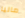
ماليا